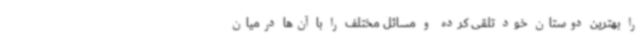
را بهترین دوستان خود تلقی کرده و مسائل مختلف را با آن‌ها درمیان ‌